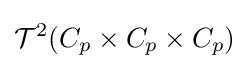
{\mathcal {T}}^{2}(C_{p}\times C_{p}\times C_{p})